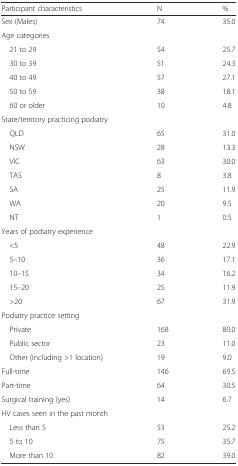
| Participant characteristics | N | % |
 | --- | --- | --- |
 | Sex (Males) | 74 | 35.0 |
 | <COLSPAN=3> Age categories |
 | 21 to 29 | 54 | 25.7 |
 | 30 to 39 | 51 | 24.3 |
 | 40 to 49 | 57 | 27.1 |
 | 50 to 59 | 38 | 18.1 |
 | 60 or older | 10 | 4.8 |
 | <COLSPAN=3> State/territory practicing podiatry |
 | QLD | 65 | 31.0 |
 | NSW | 28 | 13.3 |
 | VIC | 63 | 30.0 |
 | TAS | 8 | 3.8 |
 | SA | 25 | 11.9 |
 | WA | 20 | 9.5 |
 | NT | 1 | 0.5 |
 | <COLSPAN=3> Years of podiatry experience |
 | <5 | 48 | 22.9 |
 | 5–10 | 36 | 17.1 |
 | 10–15 | 34 | 16.2 |
 | 15–20 | 25 | 11.9 |
 | >20 | 67 | 31.9 |
 | <COLSPAN=3> Podiatry practice setting |
 | Private | 168 | 80.0 |
 | Public sector | 23 | 11.0 |
 | Other (including >1 location) | 19 | 9.0 |
 | Full-time | 146 | 69.5 |
 | Part-time | 64 | 30.5 |
 | Surgical training (yes) | 14 | 6.7 |
 | <COLSPAN=3> HV cases seen in the past month |
 | Less than 5 | 53 | 25.2 |
 | 5 to 10 | 75 | 35.7 |
 | More than 10 | 82 | 39.0 |